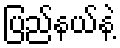
ပြည်နယ်နဲ့